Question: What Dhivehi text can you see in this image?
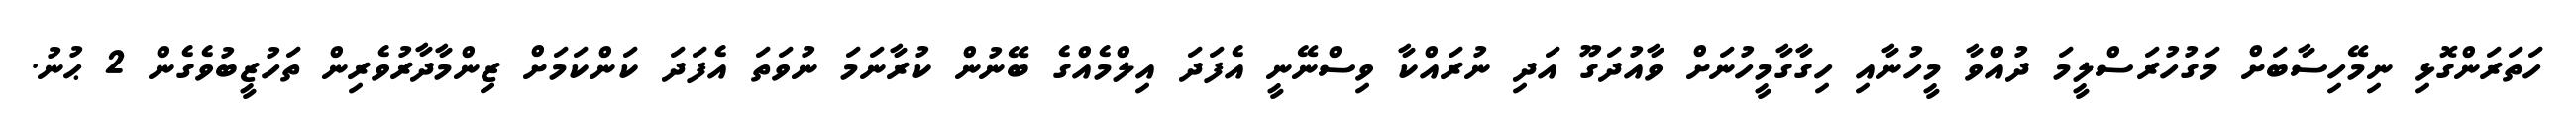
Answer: ހަތަރަންގޮޅި ނިމޭހިސާބަށް މަގުހުރަސްލީމަ ދުއްވާ މީހުނާއި ހިގާގާމީހުނަށް ވާއުދަގޫ އަދި ނުރައްކާ ވިސްނޭނީ އެފަދަ އިލްމެއްގެ ބޭނުން ކުރާނަމަ ނުވަތަ އެފަދަ ކަންކަމަށް ޒިންމާދާރުވެރިން ތަހުޒީބުވެގެން 2 ޙުނު.